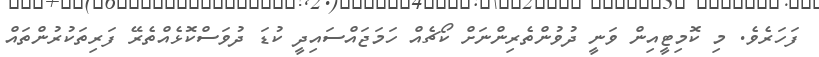
ފަހަރެވެ. މި ކޮމިޓީއިން ވަނީ ދުވުންތެރިންނަށް ކޯޗެއް ހަމަޖައްސައިދީ ކުޑަ ދުވަސްކޮޅެއްތެރޭ ފަރިތަކުރުންތައް